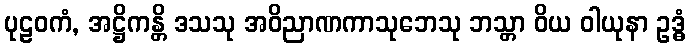
ပုဠဝကံ, အဋ္ဌိကန္တိ ဒသသု အဝိညာဏကာသုဘေသု ဘသ္တာ ဝိယ ဝါယုနာ ဥဒ္ဓံ